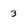
Character: 3